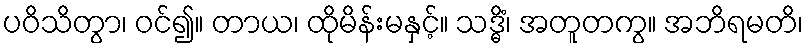
ပဝိသိတွာ၊ ဝင်၍။ တာယ၊ ထိုမိန်းမနှင့်။ သဒ္ဓိံ၊ အတူတကွ။ အဘိရမတိ၊